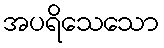
အပရိသေသော